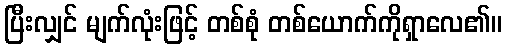
ပြီးလျှင် မျက်လုံးဖြင့် တစ်စုံ တစ်ယောက်ကိုရှာလေ၏။